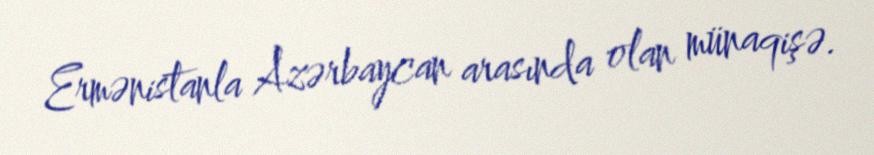
Ermənistanla Azərbaycan arasında olan münaqişə.